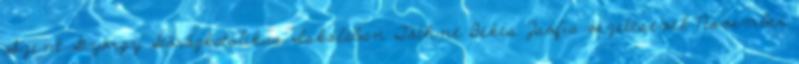
Szent György Görögkatolikus Iskolában Tóthné Békés Zsófia vezetésével November